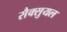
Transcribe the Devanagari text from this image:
सैक्सुयल